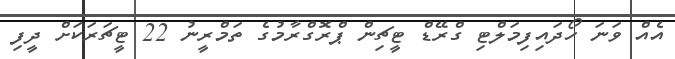
އެއް ވަނަ ހޯދައިފިމަލްޓި ގްރޭޑް ޓީޗިން ޕްރޮގްރާމުގެ ތަމްރީނު 22 ޓީޗަރަކަށް ދީފި